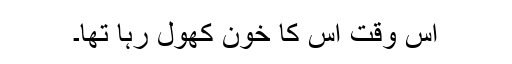
اس وقت اس کا خون کھول رہا تھا۔